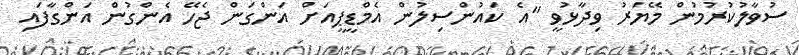
ސުވާލުކުރުމުން މޭޔަރު ވިދާޅުވީ "އެ ކައުންސިލުން އެމްޑީޕީއަށް އަންގަން ޖެހޭ އެންގުން އަންގާފައި